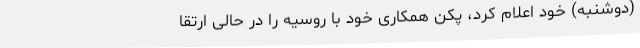
(دوشنبه) خود اعلام کرد، پکن همکاری خود با روسیه را در حالی ارتقا